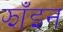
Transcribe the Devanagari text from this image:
झाँइन